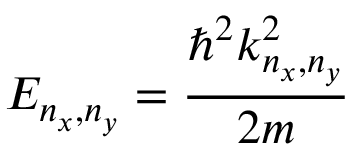
E _ { n _ { x } , n _ { y } } = { \frac { \hbar ^ { 2 } k _ { n _ { x } , n _ { y } } ^ { 2 } } { 2 m } }